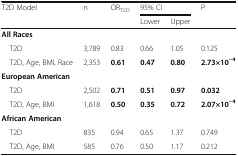
| <ROWSPAN=2> T2D Model | <ROWSPAN=2> n | <ROWSPAN=2> ORT2D | <COLSPAN=2> 95% CI | <ROWSPAN=2> P |
 | Lower | Upper |
 | --- | --- | --- | --- | --- | --- |
 | <COLSPAN=6> All Races |
 | T2D | 3,789 | 0.83 | 0.66 | 1.05 | 0.125 |
 | T2D, Age, BMI, Race | 2,353 | 0.61 | 0.47 | 0.80 | 2.73×10−4 |
 | <COLSPAN=6> European American |
 | T2D | 2,502 | 0.71 | 0.51 | 0.97 | 0.032 |
 | T2D, Age, BMI | 1,618 | 0.50 | 0.35 | 0.72 | 2.07×10−4 |
 | <COLSPAN=6> African American |
 | T2D | 835 | 0.94 | 0.65 | 1.37 | 0.749 |
 | T2D, Age, BMI | 585 | 0.76 | 0.50 | 1.17 | 0.212 |